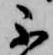
不